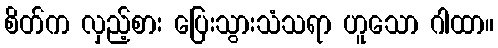
စိတ်က လှည့်စား ပြေးသွားသံသရာ ဟူသော ဂါထာ။